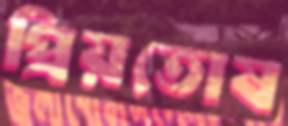
প্রিয়তোষ